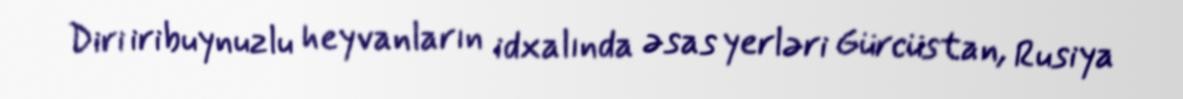
Diri iribuynuzlu heyvanların idxalında əsas yerləri Gürcüstan, Rusiya